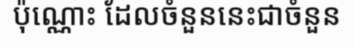
ប៉ុណ្ណោះ ដែលចំនួននេះជាចំនួន